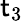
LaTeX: \mathsf{t}_{3}